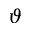
\vartheta